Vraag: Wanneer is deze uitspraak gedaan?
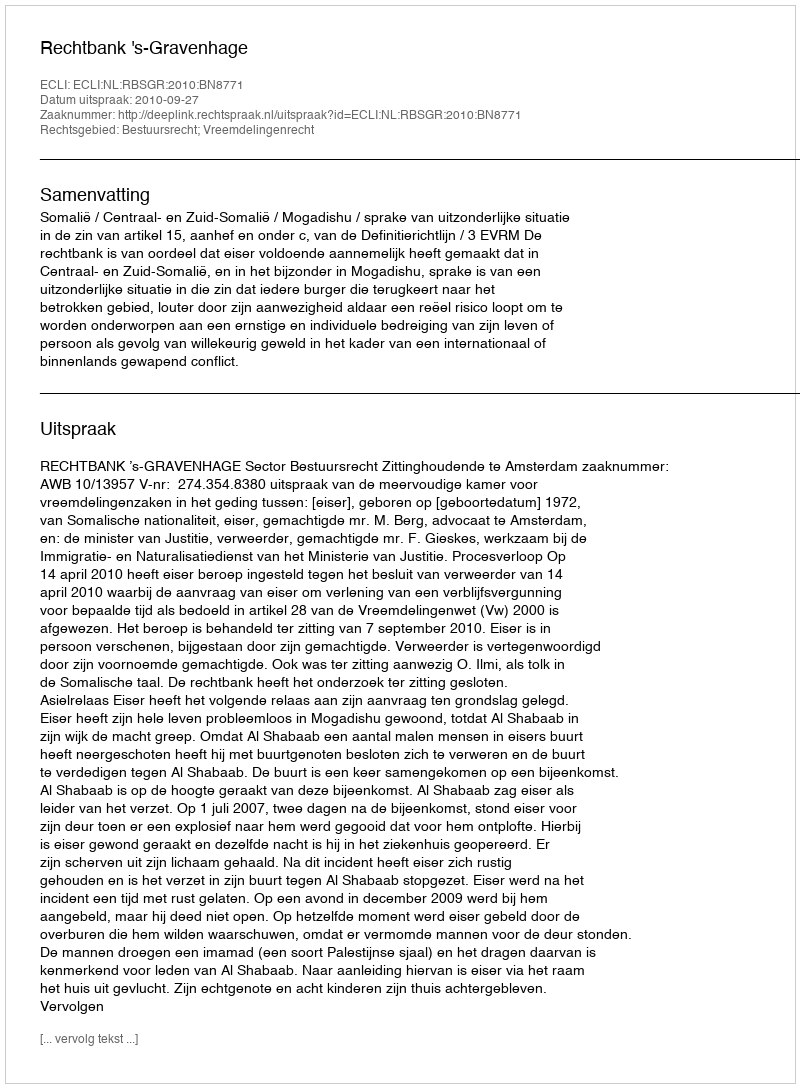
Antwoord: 2010-09-27